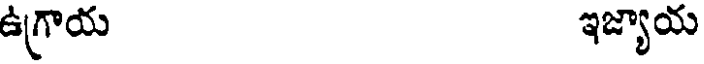
ఉగ్రాయ ఇజ్యాయ